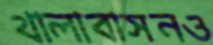
থালাবাসনও